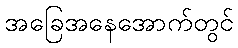
အခြေအနေအောက်တွင်